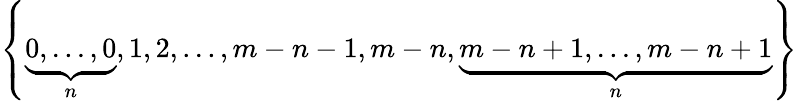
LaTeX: \left\{ \underbrace{0,...,0}_{n},1,2,...,m-n-1,m-n,\underbrace{m-n+1,...,m-n+1}_{n}\right\}